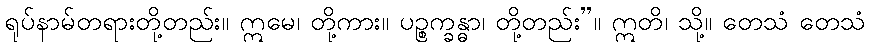
ရုပ်နာမ်တရားတို့တည်း။ ဣမေ၊ တို့ကား။ ပဉ္စက္ခန္ဓာ၊ တို့တည်း”။ ဣတိ၊ သို့။ တေသံ တေသံ